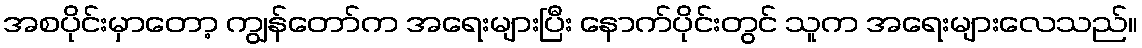
အစပိုင်းမှာတော့ ကျွန်တော်က အရေးများပြီး နောက်ပိုင်းတွင် သူက အရေးများလေသည်။